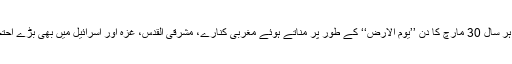
اُس کے بعد سے فلسطینی ہر سال 30 مارچ کا دن ’’یوم الارض‘‘ کے طور پر مناتے ہوئے مغربی کنارے، مشرقی القدس، غزہ اور اسرائیل میں بھی بڑے احتجاجی مظاہرے کرتے ہیں۔